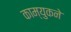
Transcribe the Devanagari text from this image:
काम्युकने